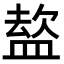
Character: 𭾈